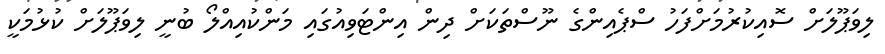
ލިވަޕޫލަށް ސޮއިކުރުމަށްފަހު ސްޕެއިންގެ ނޫސްތަކަށް ދިން އިންޓަވިއުގައި މަންކުއިއްލޯ ބުނީ ލިވަޕޫލަށް ކުޅުމަކީ